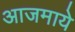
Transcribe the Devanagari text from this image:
आजमाये